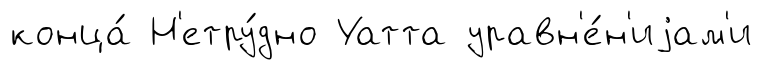
конца́ Н'етру́дно Уатта уравн'е́н'иjам'и